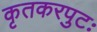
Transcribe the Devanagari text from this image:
कृतकरपुटः